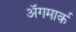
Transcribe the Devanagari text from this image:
अॅगमार्क